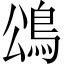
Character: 䲲